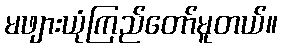
မဖျားယုံကြည်တော်မူတယ်။